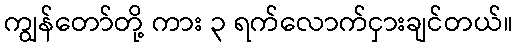
ကျွန်တော်တို့ ကား ၃ ရက်လောက်ငှားချင်တယ်။